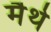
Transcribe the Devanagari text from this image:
मैथे